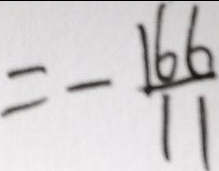
= - \frac { 1 6 6 } { 1 1 }